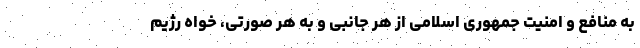
به منافع و امنیت جمهوری اسلامی از هر جانبی و به هر صورتی، خواه رژیم